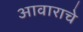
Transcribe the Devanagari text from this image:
आवाराचे